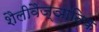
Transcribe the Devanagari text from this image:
शैलीवैज्ञानिक